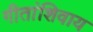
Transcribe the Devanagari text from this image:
गीतांशिवाय